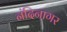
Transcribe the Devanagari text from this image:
नंदिनागर